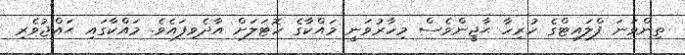
ތިންވަނަ ފްލައިޓްގެ ހުރިހާ ޙާޖީންވެސް މިހާރުވަނީ މައްކާގެ ހޮޓަލަށް އާދެވިފައެވެ. މައްކާގައި ޙައްޖުވެރި